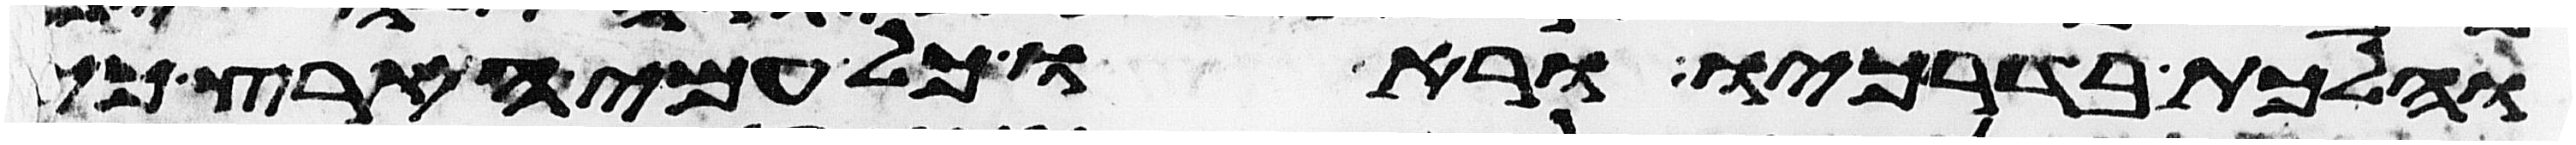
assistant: והלכת בדרכיו וראו כל עמי הארץ כי